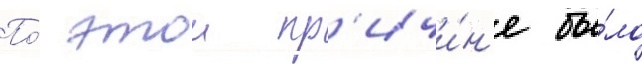
По́ этои пр'ичи́н'е бы́ло